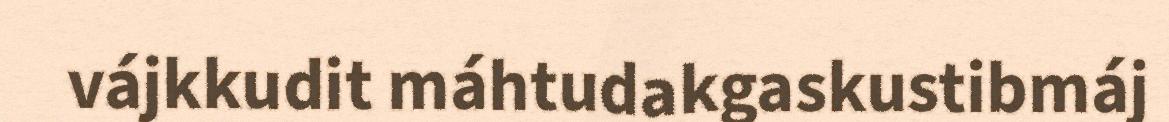
vájkkudit máhtudakgaskustibmáj